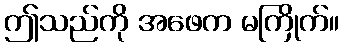
ဤသည်ကို အဖေက မကြိုက်။